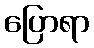
ပြောရာ